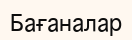
Бағаналар